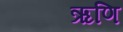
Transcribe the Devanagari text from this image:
ऋणि